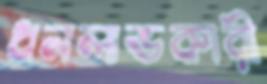
ধনলাভকারী